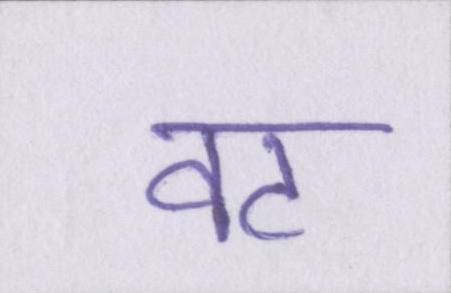
वट